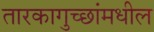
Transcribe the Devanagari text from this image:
तारकागुच्छांमधील